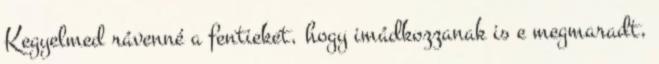
Kegyelmed rávenné a fentieket, hogy imádkozzanak is e megmaradt,